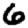
Digit: 6